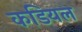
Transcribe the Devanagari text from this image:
कडियल